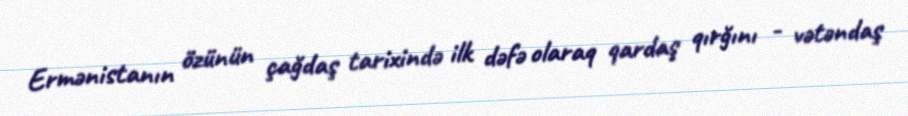
Ermənistanın özünün çağdaş tarixində ilk dəfə olaraq qardaş qırğını - vətəndaş